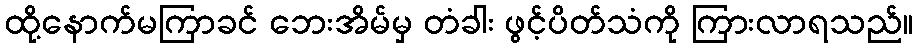
ထို့နောက်မကြာခင် ဘေးအိမ်မှ တံခါး ဖွင့်ပိတ်သံကို ကြားလာရသည်။